Vital statistics of India. Vol. VI, European troops 1870-79
Year: 1870
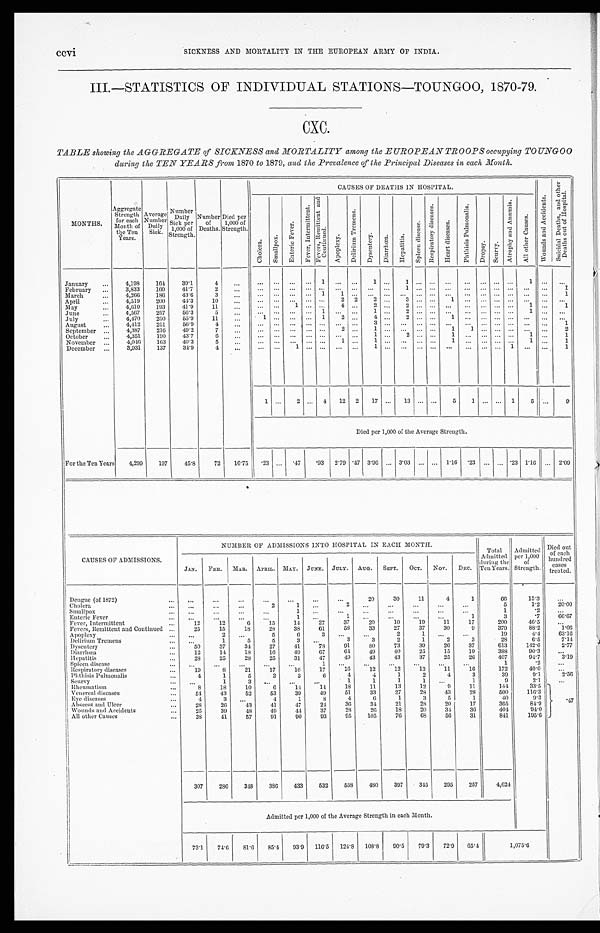
ccvi SICKNESS AND MORTALITY IN THE EUROPEAN ARMY OF INDIA.
III.—STATISTICS OF INDIVIDUAL STATIONS—TOUNGOO, 1870-79.
CXC.
TABLE showing the AGGREGATE of SICKNESS and MORTALITY among the EUROPEAN TROOPS occupying TOUNGOO
during the TEN YEARS from 1870 to 1879, and the Prevalence of the Principal Diseases in each Month.
MONTHS.
Aggregate
Strength
for each
Month of the Ten Years. Aver age Number Dai l y Si ck.
Number Dai l y Si ck per 1, 000 of St r engt h. Number
of
Deaths.
Died per
1,000 of
Strength.
CAUSES OF DEATHS IN HOSPITAL.
W o u n d s a n d A c c i d e n t s .
S u i c i d a l D e a t h s , a n d o t h e r D e a t h s o u t o f H o s p i t a l .
C h o l e r a .
Smal l pox. E n t e r i c F e v e r .
F e v e r , I n t e r m i t t e n t .
F e v e r s , R e m i t t e n t a n d
C o n t i n u e d .
A p o p l e x y .
D e l i r i u m T r e me n s .
D y s e n t e r y .
Di ar r hœa.
H e p a t i t i s .
S p l e e n d i s e a s e s .
R e s p i r a t o r y d i s e a s e s .
He a r t d i s e a s e s .
P h t h i s i s P u l mo n a l i s .
Dropsy. Seurvy.
A t r o p h y a n d A n æ m i a .
A l l o t h e r C a u s e s .
January
4 , 1 9 8
1 6 4
3 9 . 1
4
. . .
. . .
. . .
. . .
. . . 1
. . .
. . .
1
. . .
1
. . .
. . .
. . .
. . .
. . .
. . .
. . .
1
. . . . . .
February
3 , 8 3 3
1 6 0
4 1 . 7
2
. . .
. . .
. . .
. . .
. . .
. . .
. . .
. . .
. . .
. . .
1
. . .
. . .
. . .
. . .
. . .
. . .
. . .
. . .
. . .
1
March
4 , 2 6 6
1 8 6
4 3 . 6
3
. . . . . .
. . .
. . .
. . .
1
1
. . .
. . .
. . .
. . .
. . . . . .
. . .
. . .
. . .
. . .
. . .
. . .
. . .
1
April
4 , 5 1 9
2 0 0
4 4 . 3
1 0
. . .
. . .
. . .
. . .
. . .
. . .
2
2
2
. . .
3
. . . . . .
1
. . . . . .
. . .
. . .
. . .
. . .
. . .
May
4 , 6 1 0
1 9 3
4 1 . 9
1 1
. . .
. . .
. . .
1
. . .
. . .
4
. . .
2
. . .
2
. . .
. . .
. . .
. . .
. . .
. . . . . .
1
. . .
1
June
4 , 5 6 7
2 5 7
5 6 . 3
5
. . .
. . .
. . .
. . .
. . .
1
. . .
. . .
1
. . .
2
. . .
. . .
. . .
. . .
. . .
. . .
. . .
1
. . .
. . .
July
4 , 4 7 0
2 5 0
5 5 . 9
1 1
. . .
1
. . .
. . .
. . . 1
2
. . .
4
. . .
2
. . .
. . .
1
. . .
. . . . . .
. . .
. . .
. . .
. . .
August
4 , 4 1 2
2 5 1
5 6 . 9
4
. . . . . .
. . .
. . .
. . .
. . .
. . .
. . .
3
. . .
. . .
. . .
. . .
. . .
. . .
. . .
. . .
. . .
. . .
. . .
1
September
4 , 3 8 7
2 1 6
4 9 . 2
7
. . .
. . .
. . .
. . .
. . .
. . .
2
. . .
1 . . .
. . .
. . .
. . .
1
1
. . .
. . .
. . .
. . .
. . .
2
Oc tob er
4 , 3 5 1
1 9 0
4 3 . 7
6
. . . . . .
. . .
. . .
. . .
. . .
. . .
. . .
1
. . .
2
. . . . . .
1
. . .
. . .
. . .
. . .
1
. . .
1
November
4 , 0 4 6
1 6 3
4 0 . 3
5
. . .
. . .
. . .
. . .
. . .
. . .
1
. . .
1
. . .
. . .
. . .
. . .
1
. . .
. . .
. . .
. . .
1
. . .
1
December
3 , 9 3 1
1 3 7
3 4 . 9
4
. . .
. . .
. . .
1
. . .
. . .
. . .
. . .
1
. . .
. . .
. . .
. . .
. . .
. . .
. . .
. . .
1
. . .
. . .
1
1
. . .
2
. . .
4
1 2
2
1 7
. . .
1 3
. . . . . .
5
1 . . .
. . .
1
5
. . .
9
Died per 1,000 of the Average Strength.
For the Ten Years
4 , 2 9 9
1 9 7
4 5 . 8
7 2
1 6 . 7 5
. 2 3
. . .
. 4 7
. 9 3
2 . 7 9
. 4 7
3 . 9 6
. . .
3 . 0 3
. . . . . .
1 . 1 6
. 2 3
. . .
. . .
. 2 3
1 . 1 6
. . .
2 . 0 9
CAUSES OF ADMISSIONS.
NUMBER OF ADMISSIONS INTO HOSPITAL IN EACH MONTH.
T o t a l A d m i t t e d d u r i n g t h e T e n Y e a r s .
A d m i t t e d p e r 1 , 0 0 0 o f S t r e n g t h .
Di e d out of e a c h hundr e d c a s e s t r e a t e d.
JAN.
FEB.
MAR.
APRIL.
MAY. JUNE.
JULY.
AUG.
SEPT.
OCT.
NOV. DEC.
Dengue (of 1872)
. . .
. . .
. . .
. . .
. . .
. . .
. . .
2 0
3 0
1 1
4
1
6 6
1 5 . 3
. . .
Cholera
. . .
. . .
. . .
2
1
. . .
2
. . .
. . .
. . .
. . .
. . .
5
1 . 2
2 0 . 0 0
Smallpox
. . .
. . .
. . .
. . .
1
. . .
. . .
. . .
. . .
. . .
. . .
. . .
1
. 2
. . .
Enteric Fever
. . .
. . .
. . .
. . .
1
. . .
1
. . .
. . .
. . .
. . .
1
3
. 7
6 6 . 6 7
Fever, Intermittent
1 2
1 2
6
1 5
1 4
2 7
3 7
2 0
1 0
1 9
1 1
1 7
2 0 0
4 6 . 5
. . .
Fevers, Remittent and Continued
2 5
1 5
1 8
2 8
3 8
6 1
5 8
3 3
2 7
3 7
3 0
9
3 7 9
8 8 . 2
1 . 0 6
Apoplexy
. . .
2
. . .
5
6
3
. . .
. . .
2
1
. . .
. . .
1 9
4 . 4
6 3 . 1 6
Delirium Tremens
. . .
1
5
5
3
. . .
3
3
2
1
2
3
2 8
6 . 5
7 . 1 4
Dysentery
5 0
3 7
3 4
2 7
4 1
7 8
9 1
8 0
7 3
3 9
2 6
3 7
6 1 3
1 4 2 . 6
2 . 7 7
Diarrhœa
1 2
1 4
1 8
1 6
4 9
6 7
6 4
4 9
4 0
2 5
1 5
1 9
3 8 8
9 0 . 3
. . .
Hepatitis
2 8
2 5
2 8
2 5
3 1
4 7
4 9
4 3
4 3
3 7
2 5
2 6
4 0 7
9 4 . 7
3 . 1 9
Spleen disease
. . .
. . .
. . .
. . .
. . .
1
. . .
. . .
. . .
. . .
. . .
. . .
1
. 2
. . .
Respiratory diseases
1 9
8
2 1
1 7
1 0
1 7
1 6
1 2
1 2
1 3
1 1
1 6
1 7 2
4 0 . 0
. . .
Phthisis Pulmonalis
4
1
5
2
3
6
4
4
1
2
4
3
3 9
9 . 1
2 . 5 6
Seurvy
. . .
1
3
. . .
. . .
. . .
1
1
1
1
. . .
1
9
2 . 1
. . .
Rheumatism
8
1 8
1 0
6
1 4
1 4
1 8
1 1
1 3
1 2
9
1 1
1 4 4
3 3 . 5
. 4 7
Venereal diseases
5 4
4 3
5 2
5 3
3 9
4 9
5 1
3 3
2 7
2 8
4 3
2 8
5 0 0
1 1 6 . 3
Eye diseases
4
3
. . .
4
1
8
4
6
1
3
5
1
4 0
9 . 3
Abscess and Ulcer
2 8
2 6
4 3
4 1
4 7
2 4
3 6
3 4
2 1
2 8
2 0
1 7
3 6 5
8 4 . 9
Wounds and Accidents
2 5
3 9
4 8
4 9
4 4
3 7
2 8
2 6
1 8
2 0
3 4
3 6
4 0 4
9 4 . 0
All other Causes
3 8
4 1
5 7
9 1
9 0
9 3
9 5
1 0 5
7 6
6 8
5 6
3 1
8 4 1
1 9 5 . 6
3 0 7
2 8 6
3 4 8
3 8 6
4 3 3
5 3 2
5 5 8
4 8 0
3 9 7
3 4 5
2 9 5
2 5 7
4 , 6 2 4
Admitted per 1,000 of the Average Strength in each Month.
7 3 . 1
7 4 . 6
8 1 . 6
8 5 . 4
9 3 . 9
1 1 6 . 5
1 2 4 . 8
1 0 8 . 8
9 0 . 5
7 9 . 3
7 2 . 9
6 5 . 4
1 , 0 7 5 . 6